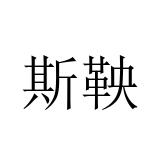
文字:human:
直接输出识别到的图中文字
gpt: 斯鞅